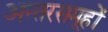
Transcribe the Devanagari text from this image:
अन्तरसमूहों